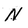
Character: N